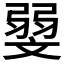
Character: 𰕛